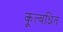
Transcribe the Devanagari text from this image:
कूत्बधित